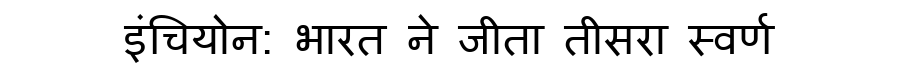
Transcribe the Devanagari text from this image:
इंचियोन: भारत ने जीता तीसरा स्वर्ण